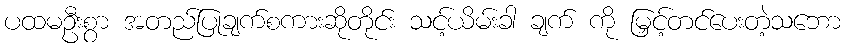
ပထမဦးစွာ အတည်ပြုချက်စကားဆိုတိုင်း သင့်ယိမ်းခါ ချက် ကို မြှင့်တင်ပေးတဲ့သဘော